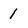
Character: 1